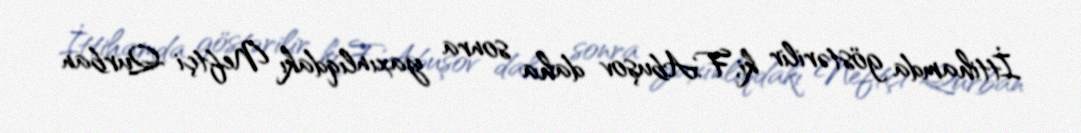
İttihamda göstərilir ki, F.Abuşov daha sonra yaxınlıqdakı Neftçi Qurban